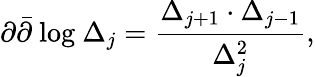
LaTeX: \partial\bar{\partial}\mathrm{~log~}\Delta_{j}=\frac{\Delta_{j+1}\cdot\Delta_{j-1}}{\Delta_{j}^{2}},